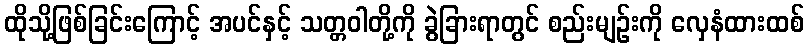
ထိုသို့ဖြစ်ခြင်းကြောင့် အပင်နှင့် သတ္တဝါတို့ကို ခွဲခြားရာတွင် စည်းမျဉ်းကို လှေနံထားထစ်